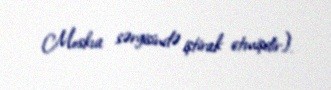
Moskva sərgisində iştirak etmişdir).